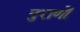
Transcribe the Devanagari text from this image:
पुराणाें